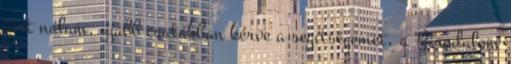
járt nálam, újabb csatákban kérve a segítségemet, a Birodalom